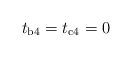
LaTeX: \begin{align*}t_{\rm{b4}}=t_{\rm{c4}}=0\end{align*}